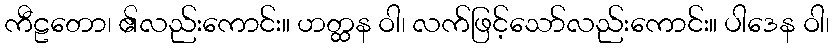
ကီဠတော၊ ၏လည်းကောင်း။ ဟတ္ထန ဝါ၊ လက်ဖြင့်သော်လည်းကောင်း။ ပါဒေန ဝါ၊